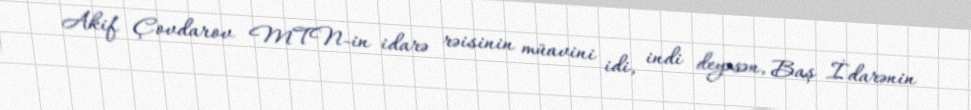
Akif Çovdarov MTN-in idarə rəisinin müavini idi, indi deyəsən, Baş İdarənin